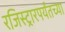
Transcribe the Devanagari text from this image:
रजिस्ट्रारपर्यंतच्या